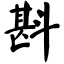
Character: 斟